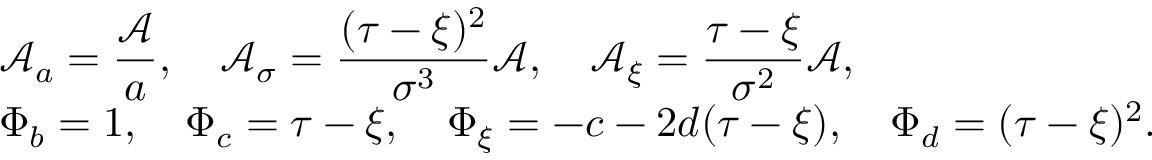
\begin{array} { r l } & { \mathcal { A } _ { a } = \displaystyle \frac { \mathcal { A } } { a } , \quad \mathcal { A } _ { \sigma } = \displaystyle \frac { ( \tau - \xi ) ^ { 2 } } { \sigma ^ { 3 } } \mathcal { A } , \quad \mathcal { A } _ { \xi } = \displaystyle \frac { \tau - \xi } { \sigma ^ { 2 } } \mathcal { A } , } \\ & { \Phi _ { b } = 1 , \quad \Phi _ { c } = \tau - \xi , \quad \Phi _ { \xi } = - c - 2 d ( \tau - \xi ) , \quad \Phi _ { d } = ( \tau - \xi ) ^ { 2 } . } \end{array}